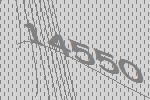
14550